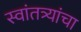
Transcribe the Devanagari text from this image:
स्वांतत्र्यांचा